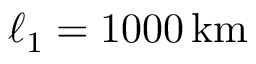
\ell _ { 1 } = 1 0 0 0 \, \mathrm { k m }